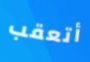
أتعقب